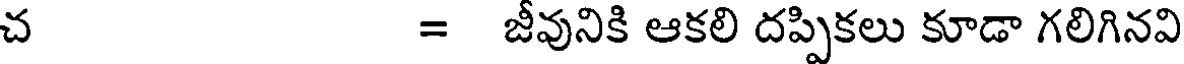
చ = జీవునికి ఆకలి దప్పికలు కూడా గలిగినవి